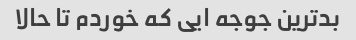
بدترین جوجه ایی که خوردم تا حالا